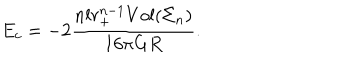
E _ { c } = - 2 \frac { n l r _ { + } ^ { n - 1 } V o l ( \Sigma _ { n } ) } { 1 6 \pi G R } .